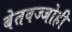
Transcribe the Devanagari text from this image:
बेतवज्जोही